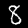
Digit: 8